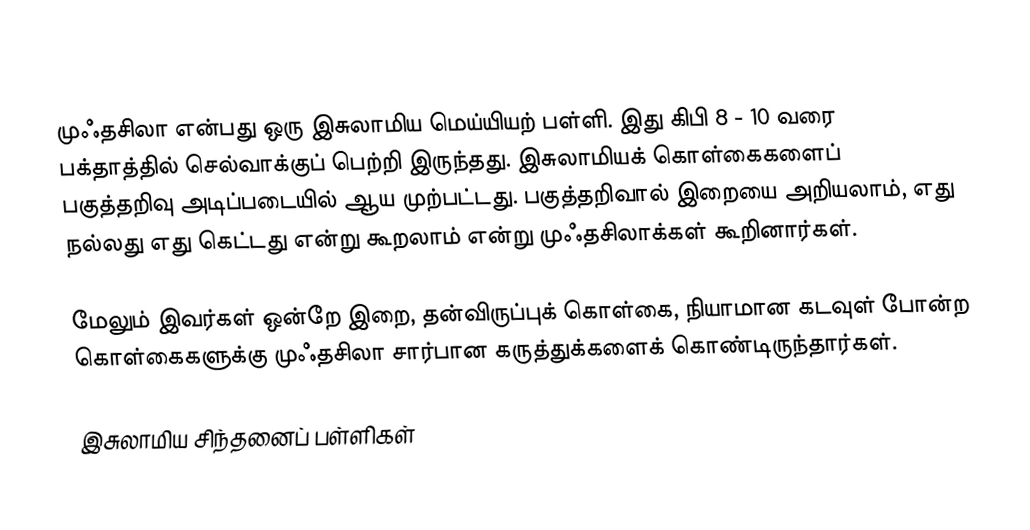
முஃதசிலா என்பது ஒரு இசுலாமிய மெய்யியற் பள்ளி. இது கிபி 8 - 10 வரை பக்தாத்தில் செல்வாக்குப் பெற்றி இருந்தது. இசுலாமியக் கொள்கைகளைப் பகுத்தறிவு அடிப்படையில் ஆய முற்பட்டது. பகுத்தறிவால் இறையை அறியலாம், எது நல்லது எது கெட்டது என்று கூறலாம் என்று முஃதசிலாக்கள் கூறினார்கள்.

மேலும் இவர்கள் ஒன்றே இறை, தன்விருப்புக் கொள்கை, நியாமான கடவுள் போன்ற கொள்கைகளுக்கு முஃதசிலா சார்பான கருத்துக்களைக் கொண்டிருந்தார்கள்.

இசுலாமிய சிந்தனைப் பள்ளிகள்